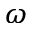
\omega